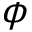
\phi